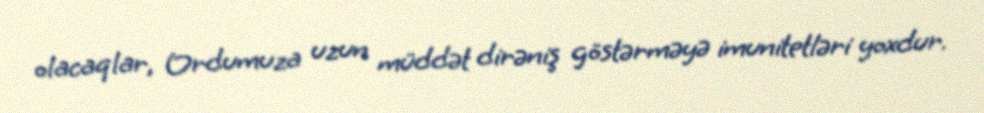
olacaqlar, Ordumuza uzun müddət dirəniş göstərməyə imunitetləri yoxdur.